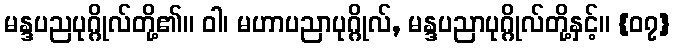
မန္ဒပညပုဂ္ဂိုလ်တို့၏။ ဝါ၊ မဟာပညာပုဂ္ဂိုလ်, မန္ဒပညာပုဂ္ဂိုလ်တို့နှင့်။ {၀၇}